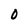
Character: 0